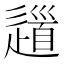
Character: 𨖁